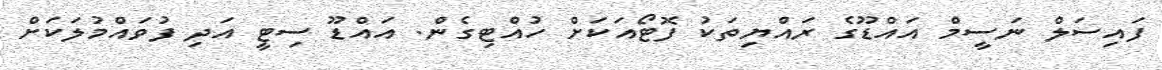
ފައިސަލް ނަސީމް އައްޑޫގެ ރައްޔިތަކު ފޮޓޯއަކަށް ހުއްޓިގެން. އައްޑޫ ސިޓީ އަދި ފުވައްމުލަކަށް